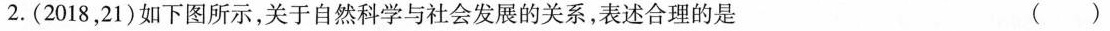
2.(2018，21)如下图所示，关于自然科学与社会发展的关系，表述合理的是 ()